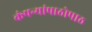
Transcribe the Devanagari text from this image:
कंपन्यांपाठोपाठ